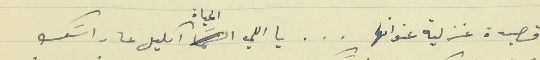
قصيدة غزلية عنوانها  .  .  .  يا اللي الحياة اكليل عا راسَك